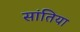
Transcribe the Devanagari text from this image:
सांतिया